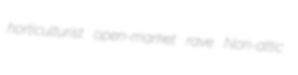
horticulturist open-market rave Non-attic